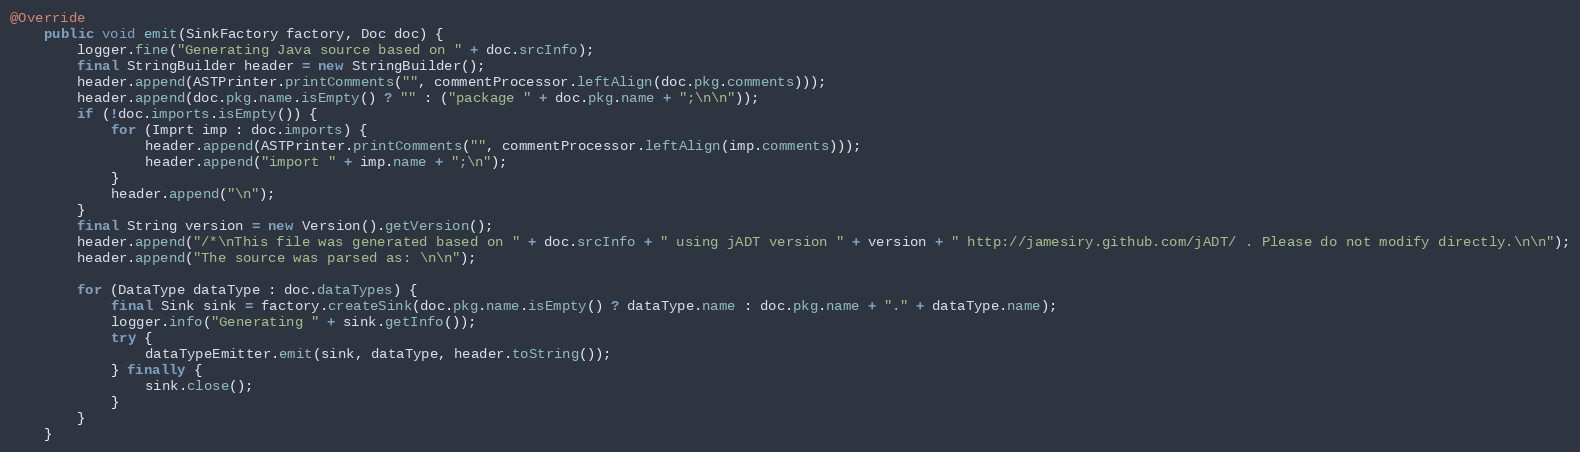
Language: Java
@Override
    public void emit(SinkFactory factory, Doc doc) {
    	logger.fine("Generating Java source based on " + doc.srcInfo);
        final StringBuilder header = new StringBuilder();
        header.append(ASTPrinter.printComments("", commentProcessor.leftAlign(doc.pkg.comments)));
        header.append(doc.pkg.name.isEmpty() ? "" : ("package " + doc.pkg.name + ";\n\n"));
        if (!doc.imports.isEmpty()) {
            for (Imprt imp : doc.imports) {
                header.append(ASTPrinter.printComments("", commentProcessor.leftAlign(imp.comments)));
                header.append("import " + imp.name + ";\n");
            }
            header.append("\n");
        }
        final String version = new Version().getVersion();
        header.append("/*\nThis file was generated based on " + doc.srcInfo + " using jADT version " + version + " http://jamesiry.github.com/jADT/ . Please do not modify directly.\n\n");
        header.append("The source was parsed as: \n\n");

        for (DataType dataType : doc.dataTypes) {
            final Sink sink = factory.createSink(doc.pkg.name.isEmpty() ? dataType.name : doc.pkg.name + "." + dataType.name);
            logger.info("Generating " + sink.getInfo());
            try {
                dataTypeEmitter.emit(sink, dataType, header.toString());
            } finally {
                sink.close();
            }
        }
    }